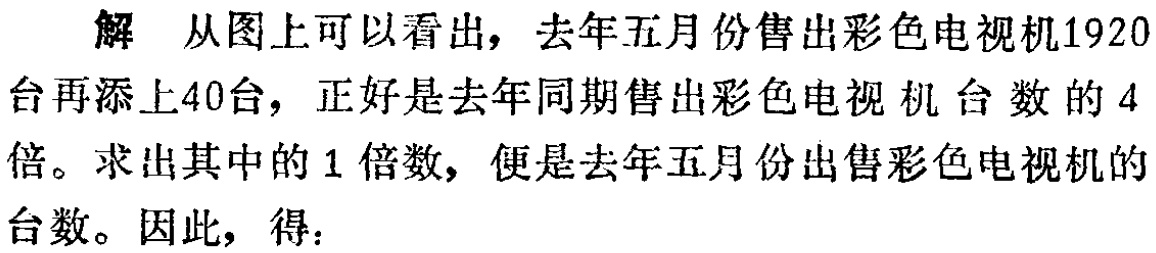
解 从图上可以看出，去年五月份售出彩色电视机1920台再添上40台，正好是去年同期售出彩色电视机台数的4倍。求出其中的1倍数，便是去年五月份出售彩色电视机的台数。因此，得：